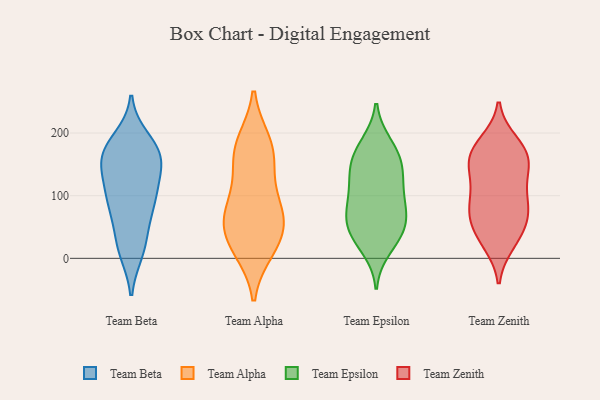
{"axis": {"x": "Energy Usage (MWh)", "y": "Value"}, "legend": ["Team Alpha", "Team Beta", "Team Epsilon", "Team Zenith"], "data": [{"x": "", "y": 168, "type": "Team Beta"}, {"x": "", "y": 69, "type": "Team Beta"}, {"x": "", "y": 171, "type": "Team Beta"}, {"x": "", "y": 103, "type": "Team Beta"}, {"x": "", "y": 102, "type": "Team Beta"}, {"x": "", "y": 189, "type": "Team Beta"}, {"x": "", "y": 157, "type": "Team Beta"}, {"x": "", "y": 149, "type": "Team Beta"}, {"x": "", "y": 22, "type": "Team Beta"}, {"x": "", "y": 173, "type": "Team Beta"}, {"x": "", "y": 12, "type": "Team Beta"}, {"x": "", "y": 95, "type": "Team Beta"}, {"x": "", "y": 107, "type": "Team Beta"}, {"x": "", "y": 166, "type": "Team Beta"}, {"x": "", "y": 17, "type": "Team Beta"}, {"x": "", "y": 67, "type": "Team Beta"}, {"x": "", "y": 142, "type": "Team Beta"}, {"x": "", "y": 185, "type": "Team Alpha"}, {"x": "", "y": 159, "type": "Team Alpha"}, {"x": "", "y": 18, "type": "Team Alpha"}, {"x": "", "y": 183, "type": "Team Alpha"}, {"x": "", "y": 154, "type": "Team Alpha"}, {"x": "", "y": 53, "type": "Team Alpha"}, {"x": "", "y": 14, "type": "Team Alpha"}, {"x": "", "y": 104, "type": "Team Alpha"}, {"x": "", "y": 31, "type": "Team Alpha"}, {"x": "", "y": 77, "type": "Team Alpha"}, {"x": "", "y": 66, "type": "Team Alpha"}, {"x": "", "y": 69, "type": "Team Alpha"}, {"x": "", "y": 91, "type": "Team Epsilon"}, {"x": "", "y": 31, "type": "Team Epsilon"}, {"x": "", "y": 145, "type": "Team Epsilon"}, {"x": "", "y": 66, "type": "Team Epsilon"}, {"x": "", "y": 125, "type": "Team Epsilon"}, {"x": "", "y": 15, "type": "Team Epsilon"}, {"x": "", "y": 73, "type": "Team Epsilon"}, {"x": "", "y": 38, "type": "Team Epsilon"}, {"x": "", "y": 153, "type": "Team Epsilon"}, {"x": "", "y": 107, "type": "Team Epsilon"}, {"x": "", "y": 162, "type": "Team Epsilon"}, {"x": "", "y": 141, "type": "Team Epsilon"}, {"x": "", "y": 40, "type": "Team Epsilon"}, {"x": "", "y": 105, "type": "Team Epsilon"}, {"x": "", "y": 183, "type": "Team Epsilon"}, {"x": "", "y": 64, "type": "Team Epsilon"}, {"x": "", "y": 60, "type": "Team Epsilon"}, {"x": "", "y": 180, "type": "Team Epsilon"}, {"x": "", "y": 58, "type": "Team Zenith"}, {"x": "", "y": 61, "type": "Team Zenith"}, {"x": "", "y": 185, "type": "Team Zenith"}, {"x": "", "y": 78, "type": "Team Zenith"}, {"x": "", "y": 135, "type": "Team Zenith"}, {"x": "", "y": 171, "type": "Team Zenith"}, {"x": "", "y": 91, "type": "Team Zenith"}, {"x": "", "y": 39, "type": "Team Zenith"}, {"x": "", "y": 170, "type": "Team Zenith"}, {"x": "", "y": 29, "type": "Team Zenith"}, {"x": "", "y": 146, "type": "Team Zenith"}, {"x": "", "y": 114, "type": "Team Zenith"}, {"x": "", "y": 160, "type": "Team Zenith"}, {"x": "", "y": 174, "type": "Team Zenith"}, {"x": "", "y": 88, "type": "Team Zenith"}, {"x": "", "y": 80, "type": "Team Zenith"}, {"x": "", "y": 24, "type": "Team Zenith"}, {"x": "", "y": 140, "type": "Team Zenith"}]}